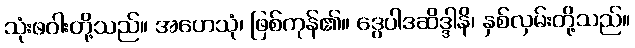
သုံးဖဝါးတို့သည်။ အဟေသုံ၊ ဖြစ်ကုန်၏။ ဒွေပါဒဆိဒ္ဒါနိ၊ နှစ်လှမ်းတို့သည်။